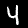
Label: 4